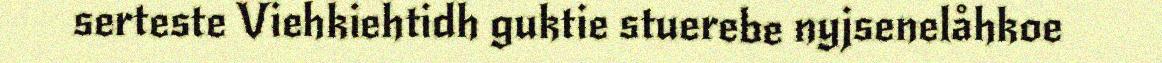
serteste Viehkiehtidh guktie stuerebe nyjsenelåhkoe